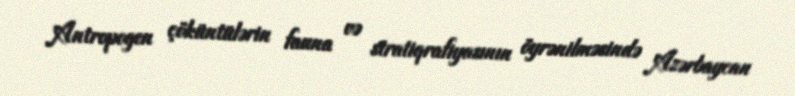
Antropogen çöküntülərin fauna və stratiqrafiyasının öyrənilməsində Azərbaycan